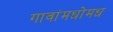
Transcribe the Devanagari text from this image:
गावांमधोमध